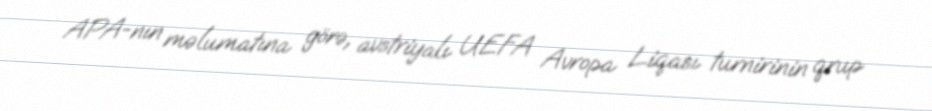
APA-nın məlumatına görə, avstriyalı UEFA Avropa Liqası turnirinin qrup